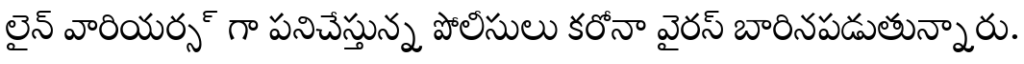
లైన్ వారియర్స్ గా పనిచేస్తున్న పోలీసులు కరోనా వైరస్ బారినపడుతున్నారు.